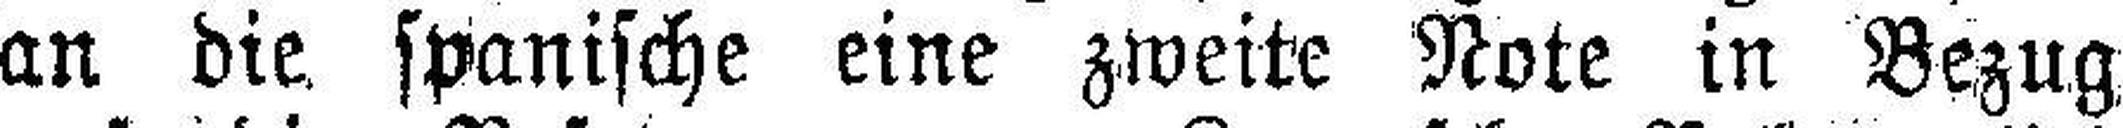
an die. spanische eine zweite Note in Bezug